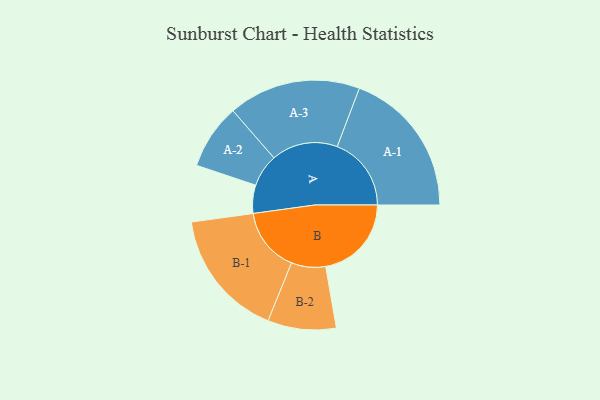
{"axis": {"x": "Segment", "y": "Value"}, "legend": ["", "A", "B"], "data": [{"x": "A", "y": 104, "type": ""}, {"x": "B", "y": 316, "type": ""}, {"x": "A-1", "y": 273, "type": "A"}, {"x": "A-2", "y": 120, "type": "A"}, {"x": "A-3", "y": 244, "type": "A"}, {"x": "B-1", "y": 237, "type": "B"}, {"x": "B-2", "y": 126, "type": "B"}]}